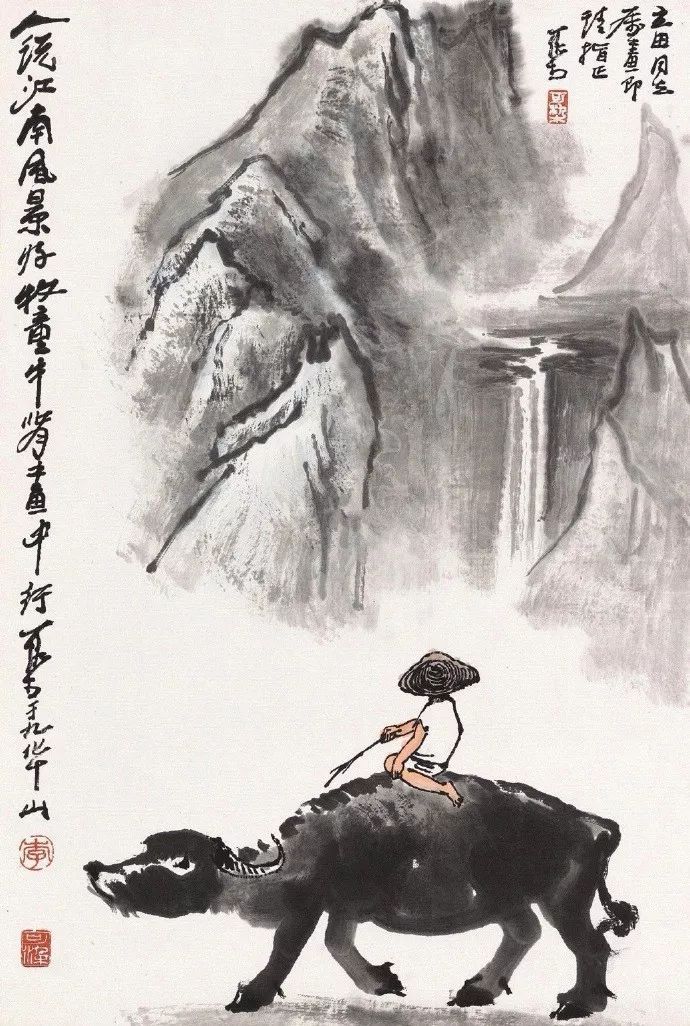
晴烟漠漠柳毵毵，不那离情酒半酣。